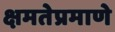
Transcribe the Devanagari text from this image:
क्षमतेप्रमाणे